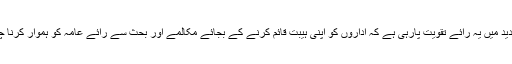
عہد جدید میں یہ رائے تقویت پارہی ہے کہ اداروں کو اپنی ہیبت قائم کرنے کے بجائے مکالمے اور بحث سے رائے عامہ کو ہموار کرنا چاہئے۔